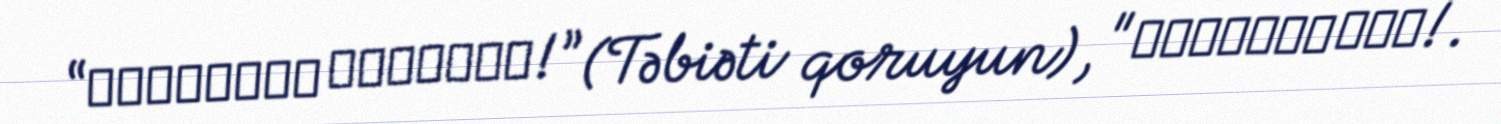
“Берегите природу!” (Təbiəti qoruyun), "Экоциду нет!.